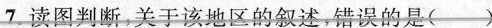
7.读图判断，关于该地区的叙述，错误的是（）